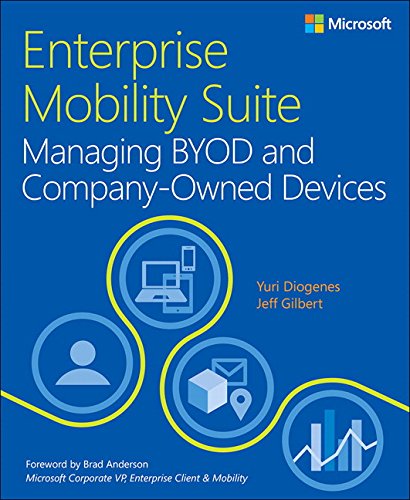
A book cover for Enterprise Mobility Suite Managing BYOD and Company-Owned Devices; Yuri Diogenes; Computers & Technology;